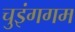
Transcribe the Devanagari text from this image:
चुइंगगम